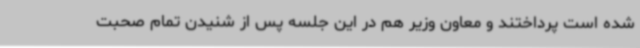
شده است پرداختند و معاون وزیر هم در این جلسه پس از شنیدن تمام صحبت